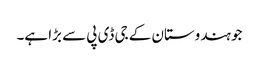
جو ہندوستان کے جی ڈی پی سے بڑا ہے۔